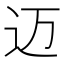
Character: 迈